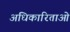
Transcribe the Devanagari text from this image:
अधिकारिताओं